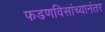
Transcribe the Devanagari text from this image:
फडणविसांच्यानंतर